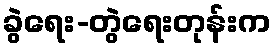
ခွဲရေး-တွဲရေးတုန်းက